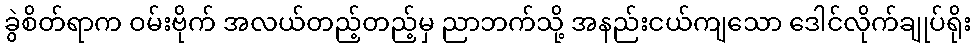
ခွဲစိတ်ရာက ဝမ်းဗိုက် အလယ်တည့်တည့်မှ ညာဘက်သို့ အနည်းငယ်ကျသော ဒေါင်လိုက်ချုပ်ရိုး